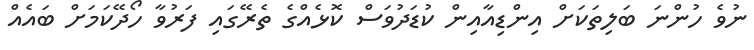
ނުވެ ހުންނަ ބަލިތަކަށް އިންޑިއާއިން ކުޑަދުވަސް ކޮޅެއްގެ ތެރޭގައި ފަރުވާ ހޯދޭކަމަށް ބައެއް